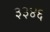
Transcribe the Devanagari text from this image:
३३४६